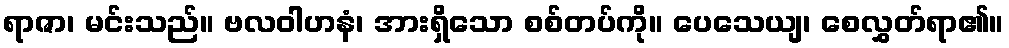
ရာဇာ၊ မင်းသည်။ ဗလဝါဟနံ၊ အားရှိသော စစ်တပ်ကို။ ပေသေယျ၊ စေလွှတ်ရာ၏။